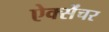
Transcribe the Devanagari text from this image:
ऐक्सेंचर